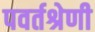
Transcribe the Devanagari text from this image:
पवर्तश्रेणी